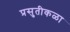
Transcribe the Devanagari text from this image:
प्रसुतीकळा